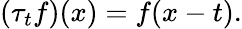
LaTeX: (\tau_{t}f)(x)=f(x-t).